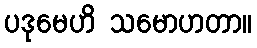
ပဒုမေဟိ သမောဟတာ။